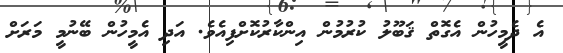
އެ ދެމީހުން އެގޮތް ޤަބޫލު ކުރުމުން އިންކާރުކޮށްފިއެވެ. އަދި އެމީހުން ބޭނުމީ މަރަށް